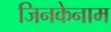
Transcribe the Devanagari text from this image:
जिनकेनाम